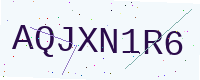
Text: AQJXN1R6